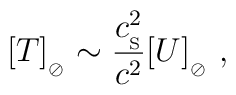
\big[ T\big]_{_{\oslash}} \sim {c_{_{\rm S}}^2\over c^2} \big[ U    \big]_{_{\oslash}} \ ,